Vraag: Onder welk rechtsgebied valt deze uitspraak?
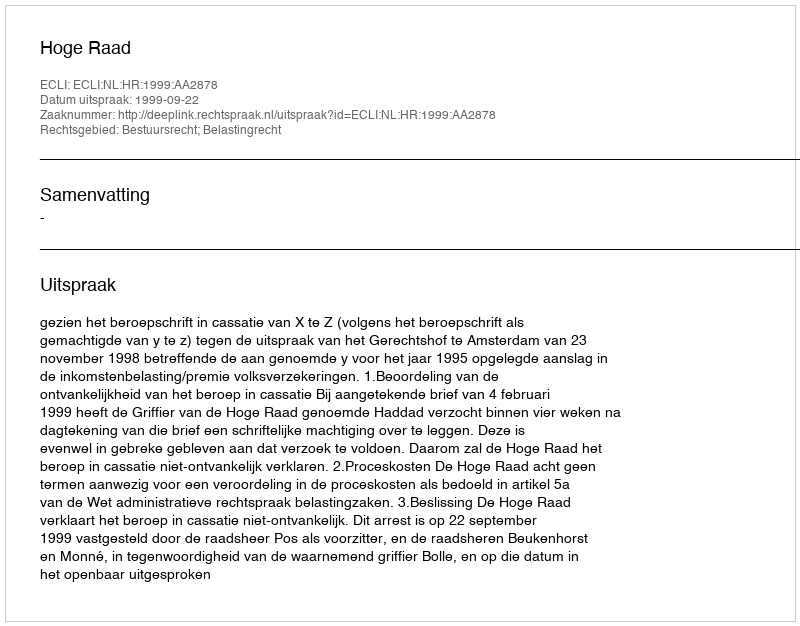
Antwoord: Bestuursrecht; Belastingrecht